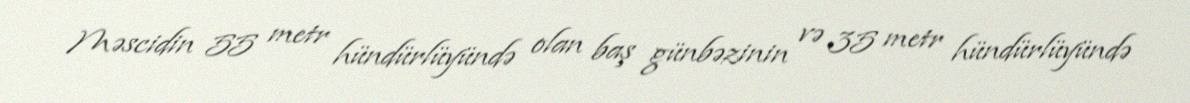
Məscidin 55 metr hündürlüyündə olan baş günbəzinin və 35 metr hündürlüyündə